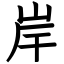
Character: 岸